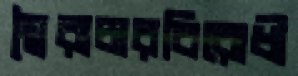
স্বৈরাচারবিরোধী